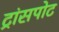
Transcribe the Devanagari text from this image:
ट्रांसपोट